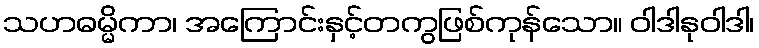
သဟဓမ္မိကာ၊ အကြောင်းနှင့်တကွဖြစ်ကုန်သော။ ဝါဒါနုဝါဒါ၊